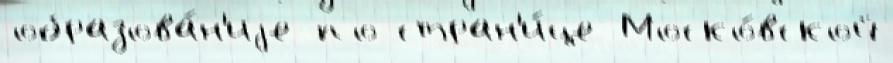
образова́н'иjе по стран'и́це Моско́вской